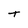
Character: t